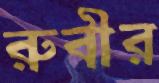
রুবীর